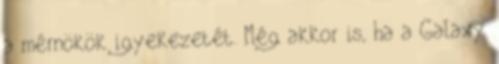
a mérnökök igyekezetét. Még akkor is, ha a Galaxy